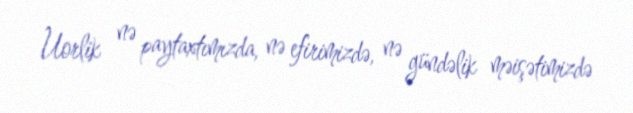
Uorlik nə paytaxtımızda, nə efirimizdə, nə gündəlik məişətimizdə